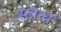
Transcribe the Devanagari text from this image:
स्खन्ध